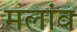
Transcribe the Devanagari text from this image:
मलांव